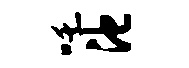
吒池